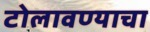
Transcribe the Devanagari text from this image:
टोलावण्याचा